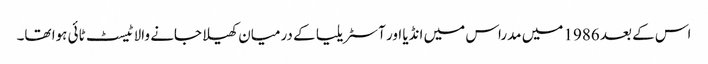
اس کے بعد 1986 میں مدراس میں انڈیا اور آسٹریلیا کے درمیان کھیلا جانے والا ٹیسٹ ٹائی ہوا تھا۔